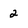
Character: 2